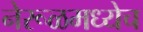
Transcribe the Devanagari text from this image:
नेरूळमध्येच